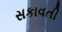
સકાવતી